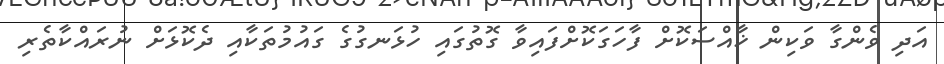
އަދި ވެންގާ ވަކިން ޚާއްސަކޮށް ފާހަގަކޮށްފައިވާ ގޮތުގައި ހުޅަނގުގެ ގައުމުތަކާއި ދެކޮޅަށް ނުރައްކާތެރި